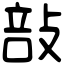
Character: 㪗